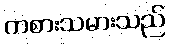
ကစားသမားသည်